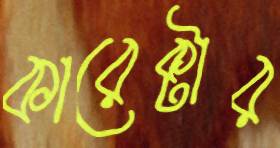
কারেক্টার